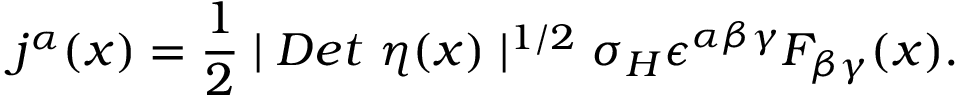
j ^ { \alpha } ( x ) = \frac 1 2 \mid D e t \ \eta ( x ) \mid ^ { 1 / 2 } \sigma _ { H } \epsilon ^ { \alpha \beta \gamma } F _ { \beta \gamma } ( x ) .